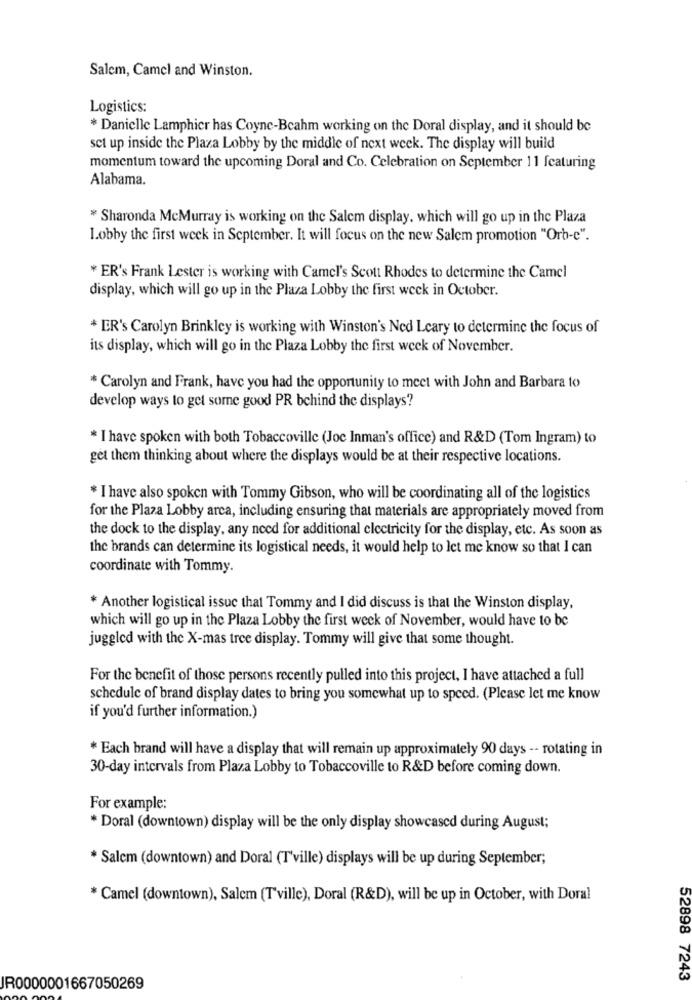
Salem, Camel and Winston.
Logistics:
* Danielle Lamphier has Coyne-Beahm working on the Doral display, and it should be
set up inside the Plaza Lobby by the middle of next week. The display will build
momentum toward the upcoming Doral and Co. Celebration on September 11 featuring
Alabama.
* Sharonda McMurray is working on the Salem display, which will go up in the Plaza
Lobby the first week in September. It will focus on the new Salem promotion "Orb-e".
* ER's Frank Lester is working with Camel's Scott Rhodes to determine the Camel
display, which will go up in the Plaza Lobby the first week in October.
* ER's Carolyn Brinkley is working with Winston's Ned Leary to determine the focus of
its display, which will go in the Plaza Lobby the first week of November.
* Carolyn and Frank, have you had the opportunity to meet with John and Barbara to
develop ways to get some good PR behind the displays?
* I have spoken with both Tobaccoville (Joc Inman's office) and R&D (Tom Ingram) to
get them thinking about where the displays would be at their respective locations.
* I have also spoken with Tommy Gibson, who will be coordinating all of the logistics
for the Plaza Lobby arca, including ensuring that materials are appropriately moved from
the dock to the display, any need for additional electricity for the display, etc. As soon as
the brands can determine its logistical needs, it would help to let me know so that I can
coordinate with Tommy.
* Another logistical issue that Tommy and I did discuss is that the Winston display,
which will go up in the Plaza Lobby the first week of November, would have to be
juggled with the X-mas tree display. Tommy will give that some thought.
For the benefit of those persons recently pulled into this project, I have attached a full
schedule of brand display dates to bring you somewhat up to speed. (Please let me know
if you'd further information.)
* Each brand will have a display that will remain up approximately 90 days -- rotating in
30-day intervals from Plaza Lobby to Tobaccoville to R&D before coming down.
For example:
* Doral (downtown) display will be the only display showcased during August;
* Salcm (downtown) and Doral (T'ville) displays will be up during September;
* Camel (downtown), Salem (T'ville), Doral (R&D), will be up in October, with Doral
52898 7243
JR0000001667050269